Report on horse surra - Volume II, Part I
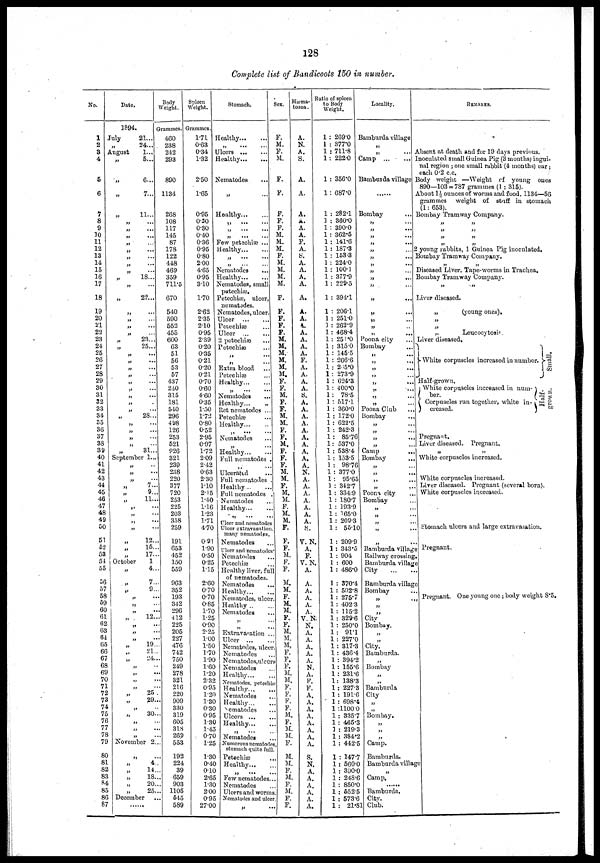
128
Complete list of Bandicoots 150 in number.
No.
1
2
3
4
5
6
7
8
9
10
11
12
13
14
15
16
17
18
19
20
21
22
23
24
25
26
27
28
29
30
31
32
33
34
35
36
37
38
39
40
41
42
43
44
45
46
47
48
49
50
51
52
53
54
55
56
57
58
59
60
61
62
63
64
65
66
67
68
69
70
71
72
73
74
75
76
77
78
79
80
81
82
83
84
85
86
87
Date.
1894.
July
August
„
„
„
„
„
„
„
„
„
„
„
„
„
„
„
„
„
„
„
„
„
„
„
„
„
„
„
„
„
„
„
„
„
„
„
„
September
„
„
„
„
„
„
„
„
„
„
„
„
„
October
„
„
„
„
„
„
„
„
„
„
„
„
„
„
„
„
„
„
„
„
„
„
„
„
November
„
„
„
„
„
„
December
„
21...
24...
1...
5...
6...
7...
11...
...
...
...
...
...
...
...
...
18...
...
22...
...
...
...
...
23...
25...
...
...
...
...
...
...
...
...
...
28...
...
...
...
...
31...
1...
...
...
...
7...
9...
11...
...
...
...
...
12...
15...
17...
1
4...
7...
9...
...
...
...
12...
...
...
...
19...
21...
24...
...
...
...
...
25...
29...
...
30...
...
...
...
2...
...
4...
14...
18...
20...
25...
...
...
Body
Weight.
Grammes.
460
238
242
293
890
1134
268
108
117
145
87
178
122
448
469
359
711.5
670
540
590
552
455
600
63
51
56
53
57
437
240
315
181
540
296
498
126
253
521
926
321
239
238
220
377
720
253
225
203
358
259
191
653
452
150
559
963
352
193
342
296
412
225
205
227
476
742
750
249
278
321
216
220
909
330
319
605
318
269
553
192
224
39
659
903
1105
545
589
Spleen
Weight.
Grammes.
1.71
0.63
0.34
1.32
2.50
1.65
0.95
0.30
0.30
0.40
0.36
0.95
0.80
2.00
4.65
0.95
3.10
1.70
2.62
2.35
2.10
0.95
2.39
0.20
0.35
0.21
0.20
0.21
0.70
0.60
4.60
0.35
1.50
1.72
0.80
0.52
2.95
0.97
1.72
2.09
2.42
0.63
2.30
1.10
2.15
1.40
1.16
1.23
1.71
4.70
0.91
1.90
0.50
0.25
1.15
2.60
0.70
0.70
0.85
1.70
1.25
0.90
2.25
1.00
1.50
1.70
1.90
1.60
1.20
2.32
0.95
1.20
1.30
0.30
0.95
1.30
1.45
0.70
1.25
1.30
0.40
0.10
2.65
1.30
2.00
0.95
27.00
Stomach.
Healthy
„
...
Ulcers
Healthy.
Nematodes...
„
...
Healthy
„
...
...
„
...
...
„ ...
...
Few petechiæ ...
Healthy
„ ...
...
„
...
...
Nematodes...
Healthy
Nematodes, small
petechiæ.
Petechiæ, ulcer,
nematodes.
Nematodes, ulcer.
Ulcer
Petechiæ...
Ulcer
2 petechiæ...
Petechiæ...
„ ...
„ ....
Extra blood...
Petechiæ...
Healthy
„ ...
Nematodes...
Healthy...
Ret nematodes ...
Petechiæ...
Healthy
...
Nematodes...
„...
Healthy
Full nematodes .
„
Ulcerated...
Full nematodes ...
Healthy ..
Full nematodes...
Nematodes...
Healthy...
„...
Ulcer and nematodes
Ulcer extravasation
many nematodes...
Nematodes...
Ulcer and nematodes.
Nematodes...
Petechiæ...
Healthy liver, full
of nematodes....
Nematodes...
Healthy
Nematodes, ulcer.
Healthy ...
Nematodes...
„
„
Extravasation ..
Ulcer
...
Nematodes, ulcer...
Nematodes...
Nematodes ulcer...
Nematodes
Healthy...
Nematodes petcehiæ.
Healthy....
Nematodes...
Healthy...
Nematodes...
Ulcers ...
Healthy...
Nematodes...
Numerous nematodes
stomach quite full.
Petechiæ
Healthy...
„ ....
Few nematodes.
Nematodes
Ulcers and worms.
Nematodes and ulcer
„ ..
Sex.
F.
M.
F.
M.
F.
P.
F.
F.
F.
M.
M.
M.
F.
M.
M.
M.
M.
F.
F.
F.
F.
F.
M.
M.
M.
M.
M.
M.
F.
F.
M.
F.
F.
M.
M.
F.
F.
M.
F.
F.
F.
M.
M.
F.
M.
M.
F.
M.
M.
F.
F.
F.
M.
F.
F.
M.
M.
F.
M.
M.
F.
F.
M.
M.
M,
F.
F.
F.
M.
M.
F.
F.
F.
F.
M.
F.
M.
M.
F.
M.
M.
F.
M.
F.
M.
F.
F.
Hæma-
tozon
A.
N.
A.
S.
A.
A.
A.
A.
A.
A.
F.
A.
S.
A.
A.
A.
A.
A,
A.
A.
A.
A.
A.
A.
A.
F.
A.
A.
A.
A.
S.
A.
A.
A.
A.
A.
A.
A.
A.
A.
A.
N.
A.
A.
A.
A.
A.
A.
A.
S.
V.N.
A,
F.
V.N.
A.
A.
A.
A.
A.
A.
V.N.
N.
A.
A.
A.
A.
A.
N.
A.
F.
F.
A.
A.
A.
A.
A.
A.
A.
A.
S.
N.
A.
A.
A.
A.
A.
A.
Ratio of spleen
to Body
Weight.
1 : 269.0
1 : 377.0
1 : 711.8
1 : 222.0
1 : 356.0
1: 687.0
1 ; 282.1
3 ; 360.0
1 : 390.0
1 : 362.5
1 : 141.6
1 : 187.3
1 : 153.3
1 : 224.0
1 : 100.1
1 : 377.9
1 : 229.5
1 : 394.1
1 : 206.1
1 : 251.0
1 : 262.9
1 : 468.4
1 : 251.0
1 : 315.0
1 : 145.5
1 : 266.6
1 : 245.0
1 : 273.9
1 : 624.3
1: 400.0
1 : 78.5
1 : 517.1
1 : 360.0
1 : 172.0
1 : 622.5
1 : 242.3
1 : 85.76
1: 537.0
1 : 538.4
1 : 153.5
1 : 98.76
1 : 377.0
1 : 95.65
1 : 342.7
1 : 334.9
1 : 180.7
1 : 193.9
1 : 165.0
1 : 209.3
1 :55.10
1 : 209.9
1 : 343.5
1 : 904
1 : 600
1 : 486.0
1 : 370.4
1 : 502.8
1 : 275.7
1 : 402 .3
1 : 115.2
1 : 329.6
1 : 250.0
1 : 91.1
1 : 227.0
1 : 317.3
1 : 436.4
1 : 394.2
1 : 155.6
1 : 231.6
1: 138.3
1 : 227.3
1 : 191.6
1 : 698.4
1 :1100.0
1 : 335.7
1 : 465.3
3 : 219.3
1 : 384.2
1 : 442.5
1 : 147.7
1 : 560.0
1 : 390.0
1 : 248.6
1 : 850.0
1 : 552.5
1 : 573.6
1 : 21.81
Locality.
Bamburda village
„
„
Camp ...
Bamburda village
........
Bombay
„
„
...
„
...
„
...
„
„
...
„ ...
„
„
...
„
„
...
„ ...
„
„
„
...
Poona city
Bombay
....
„
...
„
,
...
„
„
„
...
„
„
Poona Club
..,
Bombay...
„
...
„ ....
„
„
Camp
...
Bombay...
„...
„
...
„ ...
„ ...
Poona city...
Bombay...
„ ...
„ ...
„ ...
„ ...
„ ...
Bamburda village
Railway crossing.
Bamburda village
City
Bamburda village
Bombay
„ ...
„
„
City
Bombay.
„
„
City.
Bamburda.
„
Bombay
„
„
Bamburda
City
„
„
Bombay.
„
„
„
Camp.
Bamburda.
Bamburda village
„
Camp.
...............
Bamburda.
City.
Club.
REMARKS.
Absent at death and for 19 days previous.
Inoculated small Guinea Pig (3 months) ingui-
nal region; one small rabbit (4months) ear;
each 0.2 c.c.
Body weight —Weight of young ones
890—103 = 787 grammes (1 : 315).
A.bout 1½ ounces of worms and food. 1134—56
grammes weight of staff in stomach
(1: 653).
Bombay Tramway Company.
„ „
„ „
„ „
„ „
2 young rabbits, 1 Guinea Pig inoculated.
Bombay Tramway Company.
„ „
Diseased Liver. Tape-worms in Trachea.
Bombay Tramway Company.
„
Liver diseased.
„
(young ones).
„
„
„
Leucocytosis.
Liver diseased.
} White corpuscles increased in number. }Small
Half-grown.
White corpuscles increased in num- } Half-
ber. grown
}Corpuscles run together, white in-
creased.
Pregnant.
Liver diseased. Pregnant.
„ „
White corpuscles increased.
White corpuscles increased.
Liver diseased. Pregnant (several born).
White corpuscles increased.
Stomach ulcers and large extravasation.
Pregnant.
Pregnant. One young one ; body weight 8.5.